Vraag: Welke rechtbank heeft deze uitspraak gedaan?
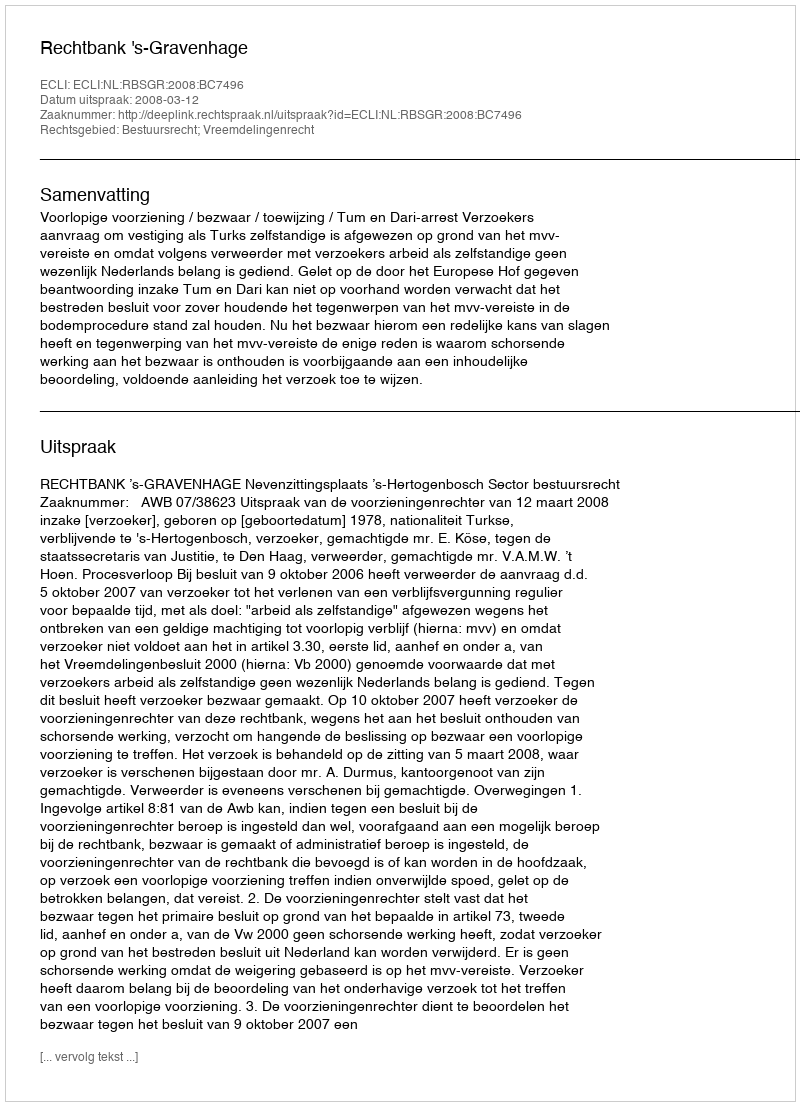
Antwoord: Rechtbank 's-Gravenhage